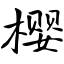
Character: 樱